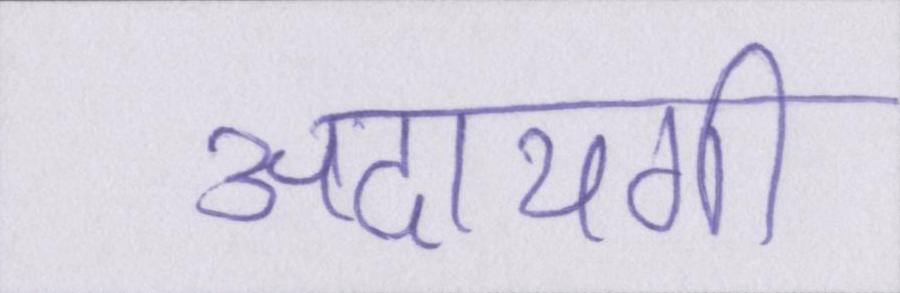
अदायगी